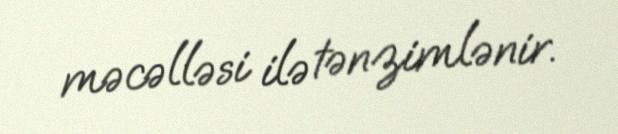
məcəlləsi ilə tənzimlənir.